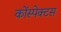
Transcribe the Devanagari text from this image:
कोंस्पेक्टस